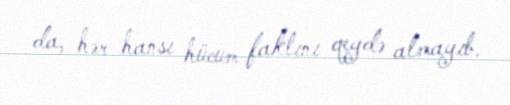
da, hər hansı hücum faktını qeydə almayıb.